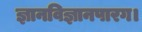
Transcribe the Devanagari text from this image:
ज्ञानविज्ञानपारग।